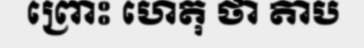
ព្រោះ ហេតុ ថា តាប